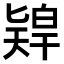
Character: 𠤨